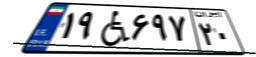
۱۹W۶۹۷۲۰